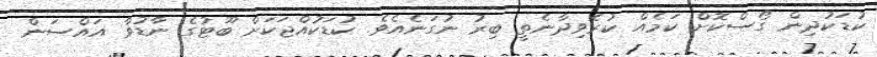
ކުޑަކުދިން ގޯސްކޮށް ކަމެއް ކުރެވިދާނެތީ ބިރު ނުގަނެއެވެ. ކުޑަކުއްޖަކަށް ބޫޓުގެ ނާޑުވާ އައްސަން